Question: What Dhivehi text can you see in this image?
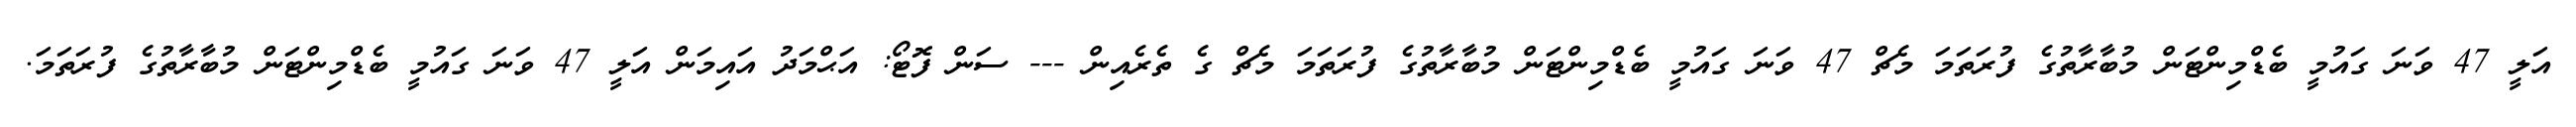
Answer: އަލީ 47 ވަނަ ގައުމީ ބެޑްމިންޓަން މުބާރާތުގެ ފުރަތަމަ މެޗް 47 ވަނަ ގައުމީ ބެޑްމިންޓަން މުބާރާތުގެ ފުރަތަމަ މެޗް ގެ ތެރެއިން --- ސަން ފޮޓޯ: އަޙްމަދު އައިމަން އަލީ 47 ވަނަ ގައުމީ ބެޑްމިންޓަން މުބާރާތުގެ ފުރަތަމަ.